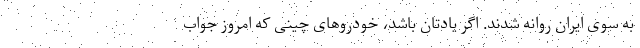
به سوی ایران روانه شدند. اگر یادتان باشد، خودروهای چینی که امروز جواب